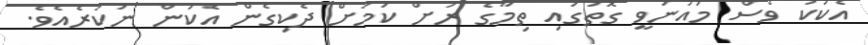
އެކަކު ވެސް މައުނަވީ ގޮތުގައި ތިމާގެ ރަށް ކަމަށް ދެކިގެން އެކަން ނުކުރެއެވެ.